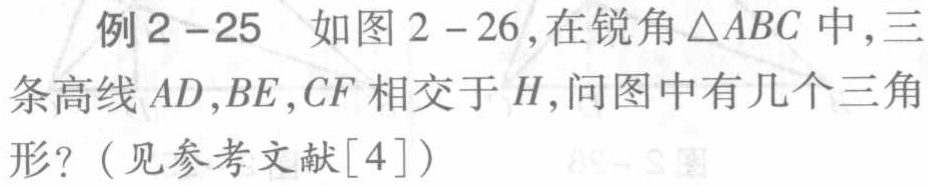
例2 - 25 如图2 - 26,在锐角$\triangle ABC$中,三条高线$AD,BE,CF$相交于$H$,问图中有几个三角形?（见参考文献[4]）